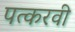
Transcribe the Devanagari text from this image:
पत्करवी